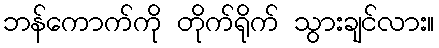
ဘန်ကောက်ကို တိုက်ရိုက် သွားချင်လား။